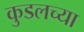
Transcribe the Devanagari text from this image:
कुडलच्या